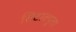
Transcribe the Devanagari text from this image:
सिटाक्यूला